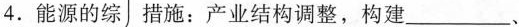
4.能源的综 措施：产业结构调整，构建___、